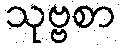
သုဗ္ဗစာ